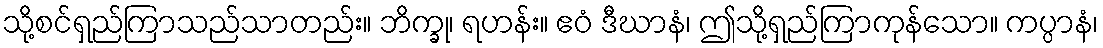
သို့စင်ရှည်ကြာသည်သာတည်း။ ဘိက္ခု၊ ရဟန်း။ ဧဝံ ဒီဃာနံ၊ ဤသို့ရှည်ကြာကုန်သော။ ကပ္ပာနံ၊